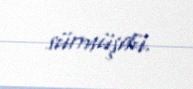
sürmüşdü.